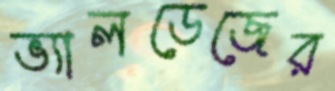
ভ্যালডেজের